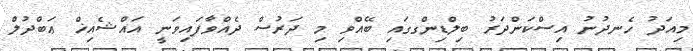
މިއަދު ހެނދުނު އިސްކަންދަރު ބިލްޑިންގގައި ބޭއްވި މި ދަރުސް ދެއްވާފައިވަނީ އައްޝެއިޚް ޢަބްދުލް